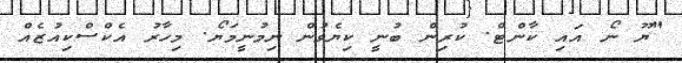
"ޔޫ ނޯ އައި ކާންޓް. ކުރިން ބުނީ ކިޔެވުން ނިމުނީމަޔޯ. މިހާރު އެކްސްކިއުޒެއް